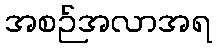
အစဉ်အလာအရ